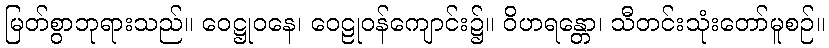
မြတ်စွာဘုရားသည်။ ဝေဋ္ဌုဝနေ၊ ဝေဠုဝန်ကျောင်း၌။ ဝိဟရန္တော၊ သီတင်းသုံးတော်မူစဉ်။